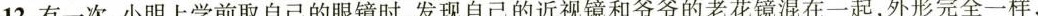
12.有一次，小明上学前取自己的眼镜时，发现自己的近视镜和爷爷的老花镜混在一起，外形完全一样，